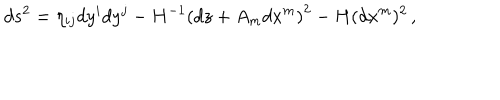
d s ^ { 2 } = \eta _ { i j } d y ^ { i } d y ^ { j } - H ^ { - 1 } \left( d z + { A } _ { m } d x ^ { m } \right) ^ { 2 } - H ( d x ^ { m } ) ^ { 2 } \, ,